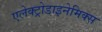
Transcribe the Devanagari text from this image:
एलेक्ट्रोडाइनेमिक्स